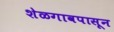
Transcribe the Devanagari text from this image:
शेळगावपासून